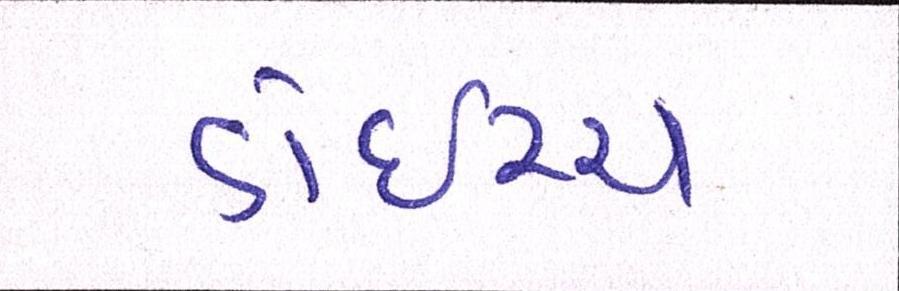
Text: ડોઇચ્ચ